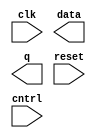
/*
 * Copyright 2018-2024 ISP RAS (http://www.ispras.ru)
 *
 * Licensed under the Apache License, Version 2.0 (the "License");
 * you may not use this file except in compliance with the License.
 * You may obtain a copy of the License at
 *
 *     http://www.apache.org/licenses/LICENSE-2.0
 *
 * Unless required by applicable law or agreed to in writing, software
 * distributed under the License is distributed on an "AS IS" BASIS,
 * WITHOUT WARRANTIES OR CONDITIONS OF ANY KIND, either express or implied.
 * See the License for the specific language governing permissions and
 * limitations under the License.
 */

// IEEE Std 1364-2005
//   14. Specify blocks
//     14.2 Module path declarations
//       14.2.4 State-dependent paths
//         14.2.4.3 Edge-sensitive state-dependent paths
//           Example 3  The following example shows two edge-sensitive path declarations, each of
//           which has a unique condition.

module test(clk, data, q, reset, cntrl);
  input clk, reset, cntrl;
  output data;
  output [3:0] q;

  specify
    if (reset)
      (posedge clk => (q[0] : data)) = (15, 8);
    if (!reset && cntrl)
      (posedge clk => (q[0] : data)) = (6, 2);
  endspecify
endmodule